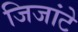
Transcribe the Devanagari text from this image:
जिजांटे